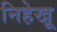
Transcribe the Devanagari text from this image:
निहेखू